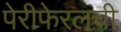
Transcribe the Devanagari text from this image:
पेरीफेरलची